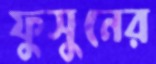
ফুসুনের